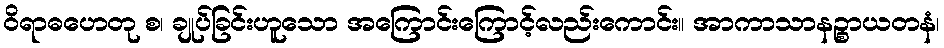
ဝိရာဓဟေတု စ၊ ချုပ်ခြင်းဟူသော အကြောင်းကြောင့်လည်းကောင်း။ အာကာသာနဉ္စာယတနံ၊